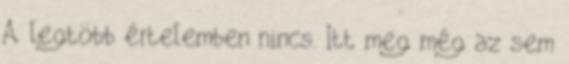
A legtöbb értelemben nincs. Itt meg még az sem